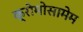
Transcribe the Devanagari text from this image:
क्रोमोसामेम